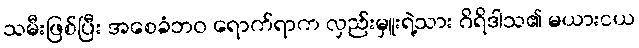
သမီးဖြစ်ပြီး အစေခံဘဝ ရောက်ရာက လှည်းမှူးရဲ့သား ဂိရိဒါသ၏ မယားငယ